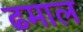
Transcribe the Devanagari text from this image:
ढमाल